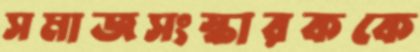
সমাজসংস্কারককে